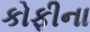
કોફીના